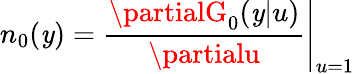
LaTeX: n_{0}(\mathit{y})=\left.\frac{{\partialG_{0}(\mathit{y}|u)}}{{\partialu}}\right|_{u=1}